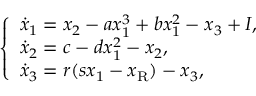
\left\{ \begin{array} { l l } { \dot { x } _ { 1 } = x _ { 2 } - a x _ { 1 } ^ { 3 } + b x _ { 1 } ^ { 2 } - x _ { 3 } + I , } \\ { \dot { x } _ { 2 } = c - d x _ { 1 } ^ { 2 } - x _ { 2 } , } \\ { \dot { x } _ { 3 } = r ( s x _ { 1 } - x _ { \mathrm { R } } ) - x _ { 3 } , } \end{array} \right.